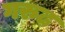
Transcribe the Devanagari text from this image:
गरुढ़